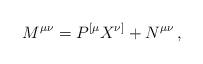
LaTeX: \begin{align*}M^{\mu\nu} = P^{[\mu} X^{\nu]} + N^{\mu\nu}\,,\end{align*}